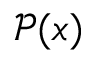
{ \mathcal { P } } ( x )